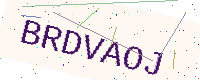
Text: BRDVAOJ